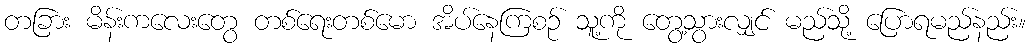
တခြား မိန်းကလေးတွေ တစ်ရေးတစ်မော အိပ်နေကြစဉ် သူ့ကို တွေ့သွားလျှင် မည်သို့ ပြောရမည်နည်း။